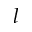
l